Vaccination in the Punjab 1905-1918 - 1905-1918
Year: 1905
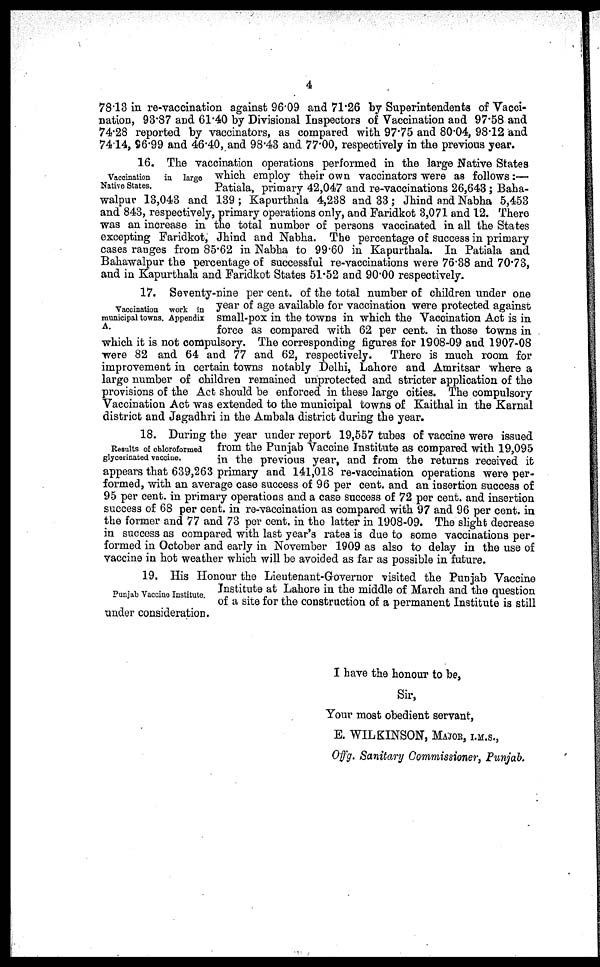
4
78.13 in re-vaccination against 96.09 and 71.26 by Superintendents of Vacci-
nation, 93.87 and 61.40 by Divisional Inspectors of Vaccination and 97.58 and
74.28 reported by vaccinators, as compared with 97.75 and 80.04, 98.12 and
74.14, 96.99 and 46.40, and 98.43 and 77.00, respectively in the previous year.
Vaccination
in large
Native States.
16. The vaccination operations performed in the large Native States
which employ their own vaccinators were as follows:—
Patiala, primary 42,047 and re-vaccinations 26,643; Baha¬
walpur 13,043 and 139; Kapurthala 4,238 and 33; Jhind and Nabha 5,453
and 843, respectively, primary operations only, and Faridkot 3,071 and 12. There
was an increase in the total number of persons vaccinated in all the States
excepting Faridkot, Jhind and Nabha. The percentage of success in primary
cases ranges from 85.62 in Nabha to 99.60 in Kapurthala. In Patiala and
Bahawalpur the percentage of successful re-vaccinations were 76.38 and 70.73,
and in Kapurthala and Faridkot States 51.52 and 90.00 respectively.
Vaccination work in
municipal towns. Appendix
A.
17. Seventy-nine per cent. of the total number of children under one
year of age available for vaccination were protected against
small-pox in the towns in which the Vaccination Act is in
force as compared with 62 per cent. in those towns in
which it is not compulsory. The corresponding figures for 1908-09 and 1907-08
were 82 and 64 and 77 and 62, respectively.
There is much room for
improvement in certain towns notably Delhi, Lahore and Amritsar where a
large number of children remained unprotected and stricter application of the
provisions of the Act should be enforced in these large cities. The compulsory
Vaccination Act was extended to the municipal towns of Kaithal in the Karnal
district and Jagadhri in the Ambala district during the year.
Results of chloroformed
glycerinated vaccine.
18. During the year under report 19,557 tubes of vaccine were issued
from the Punjab Vaccine Institute as compared with 19,095
in the previous year, and from the returns received it
appears that 639,263 primary and 141,018 re-vaccination operations were per-
formed, with an average case success of 96 per cent. and an insertion success of
95 per cent. in primary operations and a case success of 72 per cent. and insertion
success of 68 per cent. in re-vaccination as compared with 97 and 96 per cent. in
the former and 77 and 73 per cent. in the latter in 1908-09. The slight decrease
in success as compared with last year's rates is due to some vaccinations per-
formed in October and early in November 1909 as also to delay in the use of
vaccine in hot weather which will be avoided as far as possible in future.
Punjab Vaccine Institute.
19. His Honour the Lieutenant-Governor visited the Punjab Vaccine
Institute at Lahore in the middle of March and the question
of a site for the construction of a permanent Institute is still
under consideration.
I have the honour to be,
Sir,
Your most obedient servant,
E. WILKINSON, MAJOR, I.M.S.,
Offg. Sanitary Commissioner, Punjab.